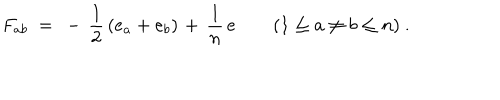
F _ { a b } ~ = ~ - \, { \frac { 1 } { 2 } } \left( e _ { a } + e _ { b } \right) \; \! + \, { \frac { 1 } { n } } \, e \qquad ( 1 \leq a \neq b \leq n ) ~ .